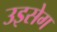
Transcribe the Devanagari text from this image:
उइसेग